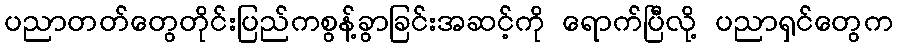
ပညာတတ်တွေတိုင်းပြည်ကစွန့်ခွာခြင်းအဆင့်ကို ရောက်ပြီလို့ ပညာရှင်တွေက